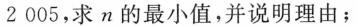
2005，求n的最小值，并说明理由；